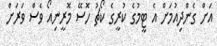
އަށް ގެންދިއުމަށް އެ ޓީމުގެ ކުރީގެ ކޯޗު ހޮސޭ މޮރީނިއޯ ވެސް ވަރަށް